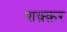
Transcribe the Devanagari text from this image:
शक़्क़र